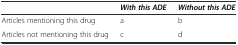
<table><thead><tr><td></td><td><b><i>With this ADE</i></b></td><td><b><i>Without this ADE</i></b></td></tr></thead><tbody><tr><td>Articles mentioning this drug</td><td>a</td><td>b</td></tr><tr><td>Articles not mentioning this drug</td><td>c</td><td>d</td></tr></tbody></table>